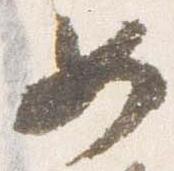
女